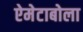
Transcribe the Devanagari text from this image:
ऐमेटाबोला